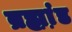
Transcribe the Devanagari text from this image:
ब्रह्म़ा़ंड